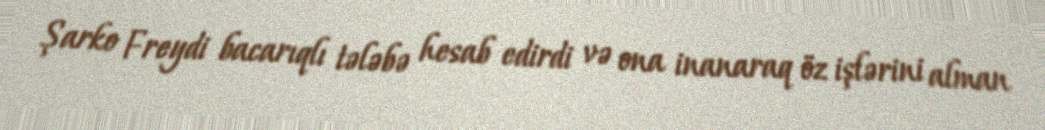
Şarko Freydi bacarıqlı tələbə hesab edirdi və ona inanaraq öz işlərini alman